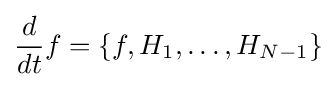
{\frac {d}{dt}}f=\{f,H_{1},\ldots ,H_{N-1}\}